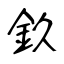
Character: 𨥆